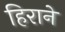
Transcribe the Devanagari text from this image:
हिराने